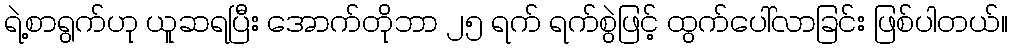
ရဲ့စာရွက်ဟု ယူဆရပြီး အောက်တိုဘာ ၂၅ ရက် ရက်စွဲဖြင့် ထွက်ပေါ်လာခြင်း ဖြစ်ပါတယ်။